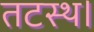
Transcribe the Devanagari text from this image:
तटस्थ।